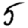
Digit: 5